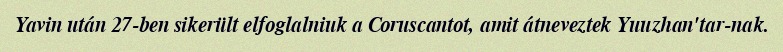
Yavin után 27-ben sikerült elfoglalniuk a Coruscantot, amit átneveztek Yuuzhan'tar-nak.